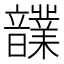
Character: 𩑄